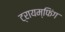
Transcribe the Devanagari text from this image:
ट्रायम्फिंग